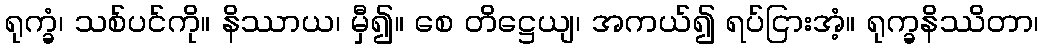
ရုက္ခံ၊ သစ်ပင်ကို။ နိဿာယ၊ မှီ၍။ စေ တိဋ္ဌေယျ၊ အကယ်၍ ရပ်ငြားအံ့။ ရုက္ခနိဿိတာ၊